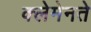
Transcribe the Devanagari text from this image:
क्लेमेनते